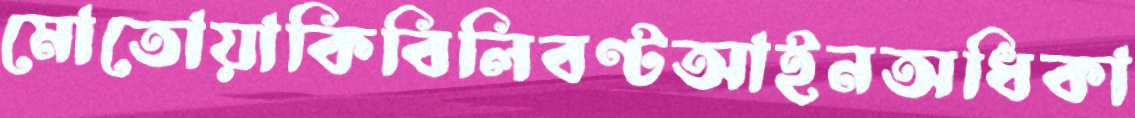
মোতোয়াকিবিলিবণ্টআইনঅধিকা